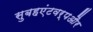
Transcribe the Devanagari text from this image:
सुबहएंटवर्पऔर